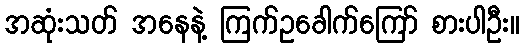
အဆုံးသတ် အနေနဲ့ ကြက်ဥခေါက်ကြော် စားပါဦး။